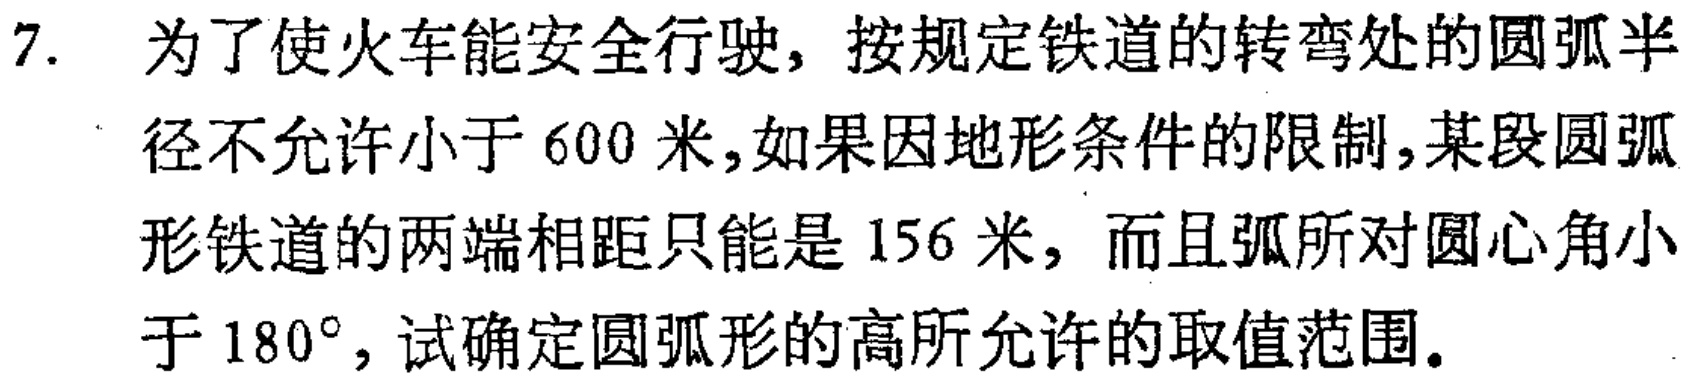
7. 为了使火车能安全行驶，按规定铁道的转弯处的圆弧半径不允许小于$600$米，如果因地形条件的限制，某段圆弧形铁道的两端相距只能是$156$米，而且弧所对圆心角小于$180^{\circ}$，试确定圆弧形的高所允许的取值范围。